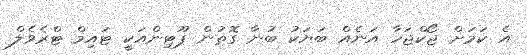
އެ ކަމަށް ޖޯކްޖަހާ އަނެއް ބަޔަކު ބުނާ ގޮތުން ޕޫޓިންއަކީ ޓައިމް ޓްރެވެލް